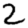
Digit: 2